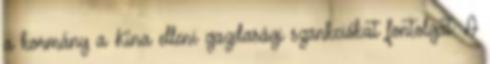
a kormány a Kína elleni gazdasági szankciókat fontolgat. A